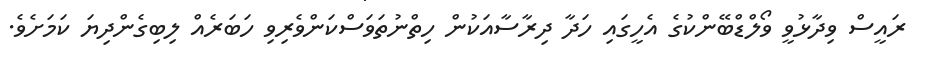
ރައީސް ވިދާޅުވީ ވޯލްޑްބޭންކުގެ އެހީގައި ހަދާ ދިރާސާއަކުން ހިތްނުތަވަސްކަންވެރިވި ހަބަރެއް ލިބިގެންދިޔަ ކަމަށެވެ.